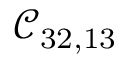
\mathcal { C } _ { 3 2 , 1 3 }